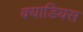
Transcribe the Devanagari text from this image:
क्याडियस